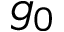
g _ { 0 }